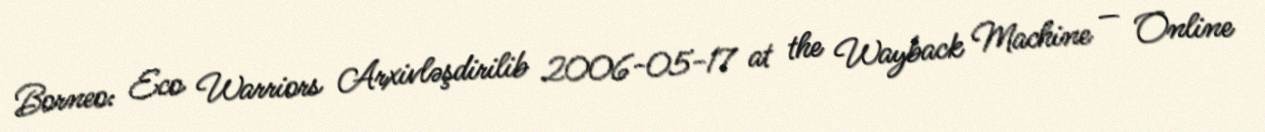
Borneo: Eco Warriors Arxivləşdirilib 2006-05-17 at the Wayback Machine — Online